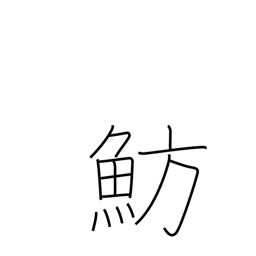
Meaning: type of sea bream